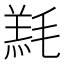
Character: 𣯇